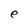
Character: e